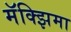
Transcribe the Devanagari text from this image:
मॅक्झिमा